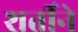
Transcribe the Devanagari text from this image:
शर्तीने